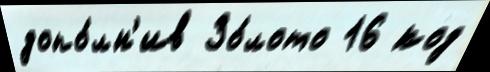
допо́лн'ив Зо́лото 16 код